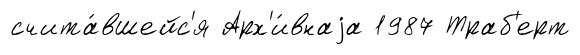
счита́вшейс'я Арх'и́внаjа 1987 Траб'ерт